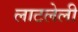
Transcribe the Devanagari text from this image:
लाटलेली